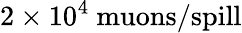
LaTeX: \mathrm{2\times 10^{4}~muons/spill}